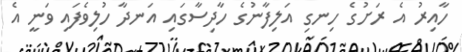
ހާއިރު އެ ރަށުގެ ހިނގި އަލިފާނުގެ ހާދިސާގައި އަނދާ ހުލިވެފައި ވަނީ އެ